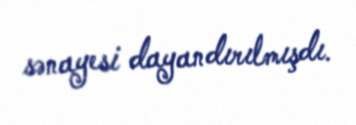
sənayesi dayandırılmışdı.